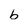
Character: b